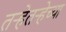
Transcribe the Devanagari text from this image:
तऱ्हेतऱ्हेच्या